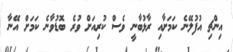
އިންޗި އުފުލޭނެ ކަމަށާއި ރާޅުބާނީ ވެސް ކުރިއަށް ވުރެ ބޮޑުވާނެ ކަމަށް އޭނާ